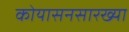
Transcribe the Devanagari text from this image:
कोयासनसारख्या